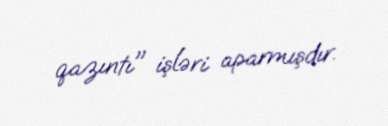
qazıntı" işləri aparmışdır.